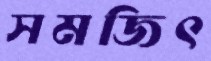
সমজিৎ